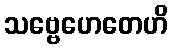
သဗ္ဗေဟေတေဟိ